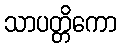
သာပတ္တိကော